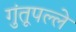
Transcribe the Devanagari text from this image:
गुंतूपल्ले